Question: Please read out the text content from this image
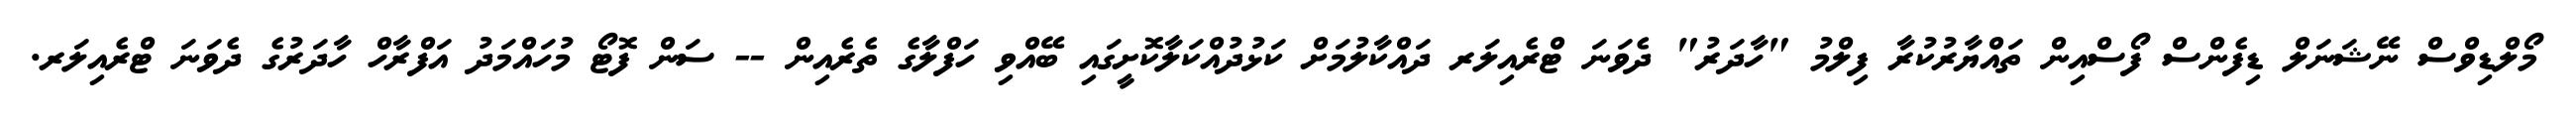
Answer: މޯލްޑިވްސް ނޭޝަނަލް ޑިފެންސް ފޯސްއިން ތައްޔާރުކުރާ ފިލްމު "ހާދަރު" ދެވަނަ ޓްރެއިލަރ ދައްކާލުމަށް ކަޅުދުއްކަލާކޮށީގައި ބޭއްވި ހަފްލާގެ ތެރެއިން -- ސަން ފޮޓޯ މުހައްމަދު އަފްރާހް ހާދަރުގެ ދެވަނަ ޓްރެއިލަރ.